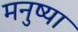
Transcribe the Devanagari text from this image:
मनुष्या